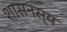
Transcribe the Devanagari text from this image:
शासनस्य